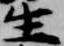
生